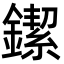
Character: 䥛